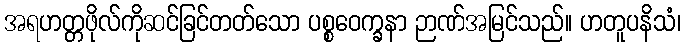
အရဟတ္တဖိုလ်ကိုဆင်ခြင်တတ်သော ပစ္စဝေက္ခနာ ဉာဏ်အမြင်သည်။ ဟတူပနိသံ၊